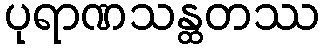
ပုရာဏသန္ထတဿ